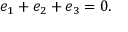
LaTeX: e _ { 1 } + e _ { 2 } + e _ { 3 } = 0 .